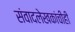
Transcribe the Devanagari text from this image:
संवादलेखकांचीही